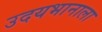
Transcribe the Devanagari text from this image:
उदयभानाला